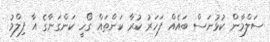
ސަލްމާން ކުޅުނަސް ބައެއް ފަހަރު ކުރާ ކަންތައް ގޯހީ ކަންގަނާގެ އާ ފިލްމު